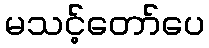
မသင့်တော်ပေ